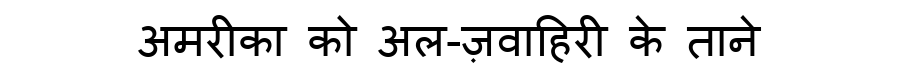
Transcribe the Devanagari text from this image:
अमरीका को अल-ज़वाहिरी के ताने